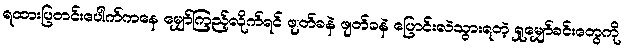
ရထားပြတင်းပေါက်ကနေ မျှော်ကြည့်လိုက်ရင် ဖျတ်ခနဲ ဖျတ်ခနဲ ပြောင်းလဲသွားရတဲ့ ရှုမျှော်ခင်းတွေကို